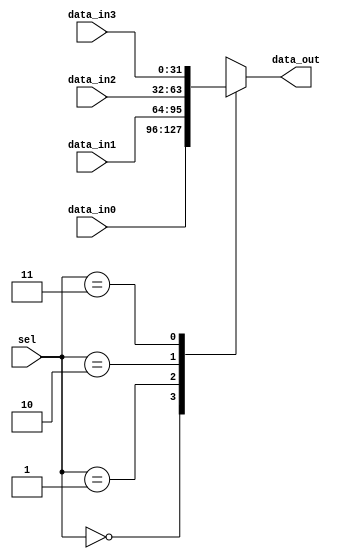

/*
// Module: mux2.v
// Description: MUX with two bits select size verilog code //
// Owner : Mohamed Ayman
*/

module mux2
#(parameter data_size = 32) 
(
    output reg    [data_size-1:0]     data_out,
    input  wire   [data_size-1:0]     data_in0,data_in1,data_in2,data_in3,
    input  wire   [1:0]               sel
);

always @(*)

    begin
        case(sel) 
            2'b00:   data_out = data_in0; 
            2'b01:   data_out = data_in1;
            2'b10:   data_out = data_in2;
            2'b11:   data_out = data_in3;
        endcase 
    end

endmodule